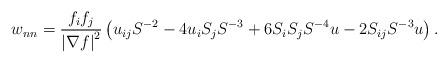
LaTeX: \begin{align*}w_{nn}=\frac{f_{i}f_{j}}{\left\vert \nabla f\right\vert ^{2}}\left(u_{ij}S^{-2}-4u_{i}S_{j}S^{-3}+6S_{i}S_{j}S^{-4}u-2S_{ij}S^{-3}u\right) .\end{align*}